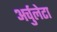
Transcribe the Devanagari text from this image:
अर्चुलेटा